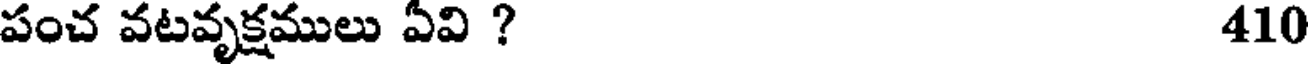
పంచ వటవృక్షములు ఏవి ? 410